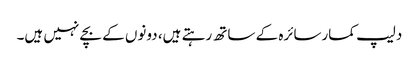
دلیپ کمارسائرہ کے ساتھ رہتے ہیں، دونوں کے بچے نہیں ہیں۔